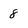
Character: 8